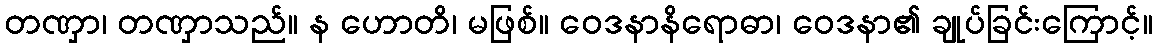
တဏှာ၊ တဏှာသည်။ န ဟောတိ၊ မဖြစ်။ ဝေဒနာနိရောဓာ၊ ဝေဒနာ၏ ချုပ်ခြင်းကြောင့်။